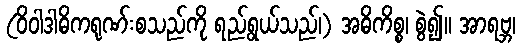
(ဝိဝါဒါဓိကရုဏ်းစသည်ကို ရည်ရွယ်သည်၊) အဓိကိစ္စ၊ စွဲ၍။ အာရဗ္ဘ၊